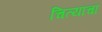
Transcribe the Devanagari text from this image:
चित्यांचा